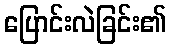
ပြောင်းလဲခြင်း၏